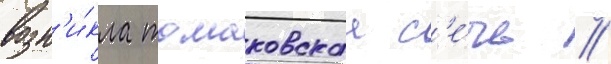
возн'и́кла томаковскаа с'е́чь //